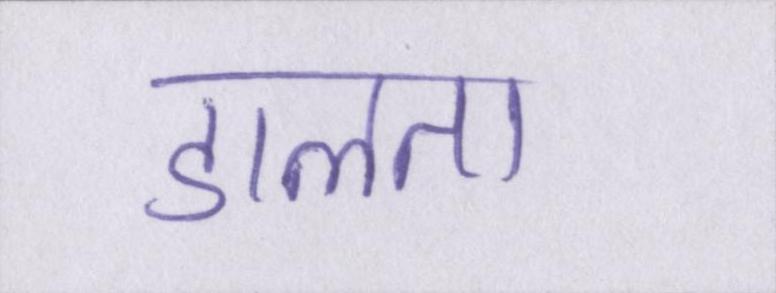
डालता